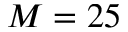
M = 2 5